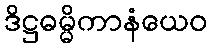
ဒိဋ္ဌဓမ္မိကာနံယေဝ